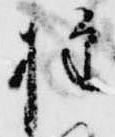
権